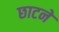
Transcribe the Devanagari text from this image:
छाटने